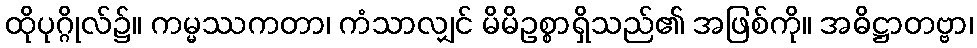
ထိုပုဂ္ဂိုလ်၌။ ကမ္မဿကတာ၊ ကံသာလျှင် မိမိဥစ္စာရှိသည်၏ အဖြစ်ကို။ အဓိဋ္ဌာတဗ္ဗာ၊